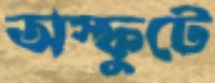
অস্ফুটে